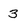
Character: 3